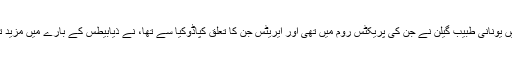
130 بعد مسیح‌ میں یونانی طبیب گیلن نے جن کی پریکٹس روم میں تھی اور ایریٹس جن کا تعلق کپاڈوکیا سے تھا، نے ذیابیطس کے بارے میں‌ مزید تفصیلات بیان کیں۔